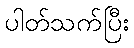
ပါတ်သက်ပြီး